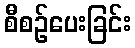
စီစဉ်ပေးခြင်း